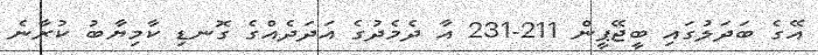
އޭގެ ބަދަލުގައި ބީޖޭޕީން 211-231 އާ ދެމެދުގެ އަދަދެއްގެ ގޮނޑި ކާމިޔާބު ކުރާނެ